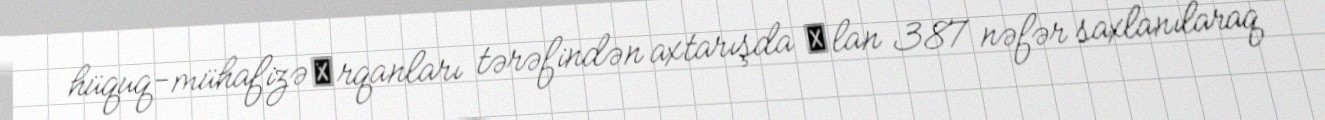
hüquq-mühafizə оrqanları tərəfindən axtarışda оlan 387 nəfər saxlanılaraq